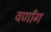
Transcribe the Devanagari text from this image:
वर्णांग